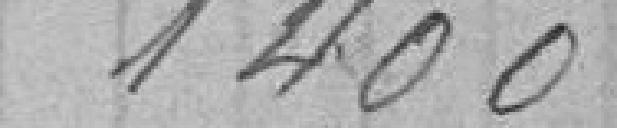
1400